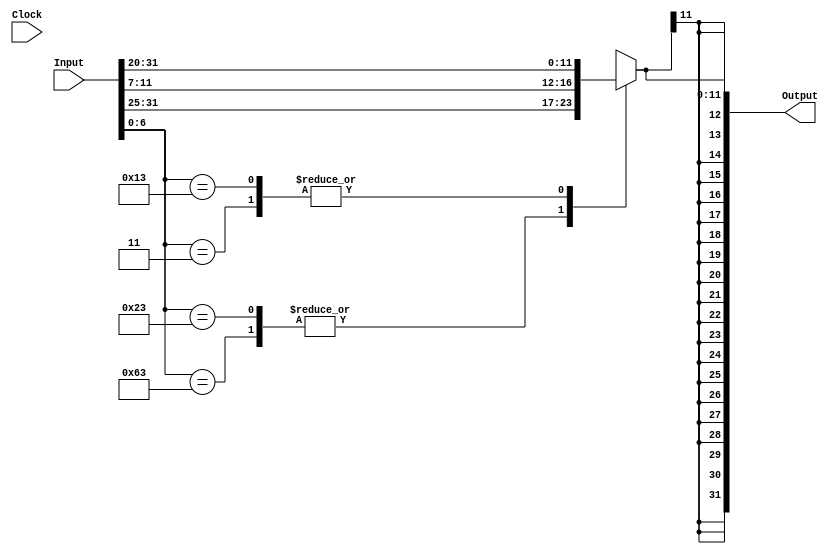
module Immediate_Generation(Input,Output,Clock);//Recebe a instrucao inteira, pega seu imediato, e transforma esse imediato em 32 bits
    input [31:0] Input; 
    output reg [31:0] Output;
    reg [11:0] immediate;
    reg [6:0] opcode;
    input Clock;

    always @(*) begin
     opcode = Input[6:0];
    
     case(opcode) //Baseado no opcode sabemos onde esta o imediato da instrucao
        7'b1100011: immediate <= {Input[31:25], Input[11:7]}; // SB
        7'b0000011: immediate <= {Input[31:20]}; // LB
        7'b0100011 : immediate <= {Input[31:25],Input[11:7]}; // S
        7'b0010011 :  immediate <= Input[31:20]; // I
      
        default : immediate    <= 12'bxxxxxxxxxx; //Desconhecido
    endcase
    //Por fim, a saida e simplesmente o imediato complemetado com 20 bits baseados no seu mais significativo[11]
        Output = {immediate[11], immediate[11], immediate[11], immediate[11], immediate[11], immediate[11], immediate[11], immediate[11], immediate[11], immediate[11], immediate[11], immediate[11], immediate[11], immediate[11], immediate[11], immediate[11], immediate[11], immediate[11], immediate[11], immediate[11], immediate};
        //$display("%b::%b",Input,Output);
    end
    
endmodule